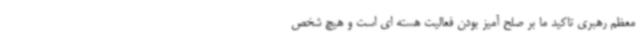
معظم رهبری تاکید ما بر صلح آمیز بودن فعالیت هسته ای است و هیچ شخص